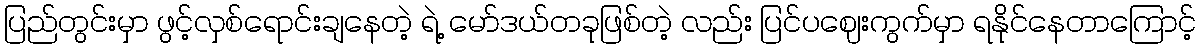
ပြည်တွင်းမှာ ဖွင့်လှစ်ရောင်းချနေတဲ့ ရဲ့ မော်ဒယ်တခုဖြစ်တဲ့ လည်း ပြင်ပဈေးကွက်မှာ ရနိုင်နေတာကြောင့်